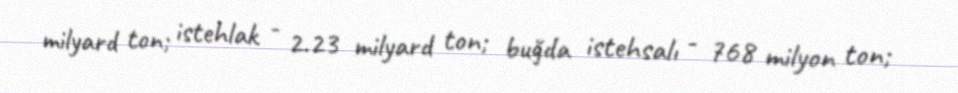
milyard ton; istehlak - 2.23 milyard ton; buğda istehsalı - 768 milyon ton;